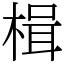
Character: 楫